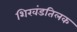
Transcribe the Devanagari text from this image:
शिखंडतिलक